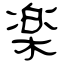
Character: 楽